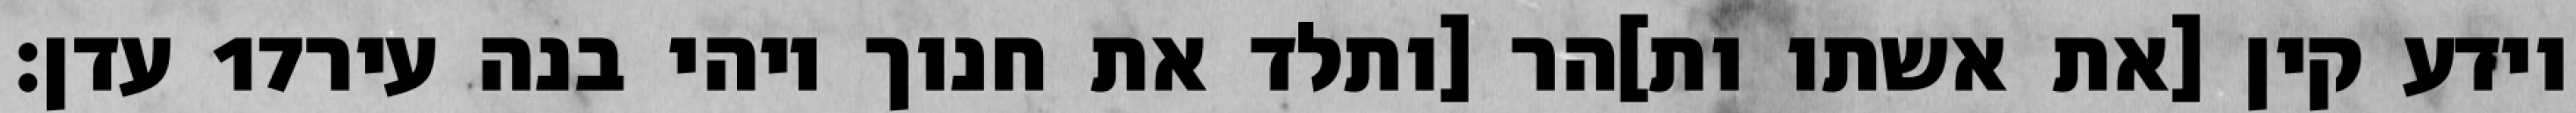
עדן׃ ‎17‏ וידע קין [את אשתו ות]הר [ותלד את חנוך ויהי בנה עיר